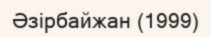
Әзірбайжан (1999)